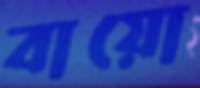
বায়ো